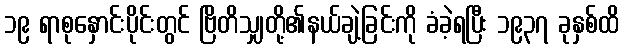
၁၉ ရာစုနှောင်းပိုင်းတွင် ဗြိတိသျှတို့၏နယ်ချဲ့ခြင်းကို ခံခဲ့ရပြီး ၁၉၃၇ ခုနှစ်ထိ